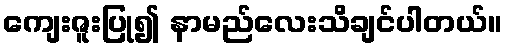
ကျေးဇူးပြု၍ နာမည်လေးသိချင်ပါတယ်။